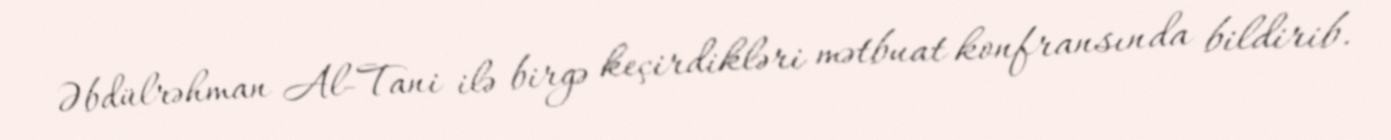
Əbdülrəhman Al-Tani ilə birgə keçirdikləri mətbuat konfransında bildirib.